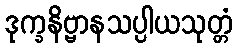
ဒုက္ခနိဗ္ဗာနသပ္ပါယသုတ္တံ